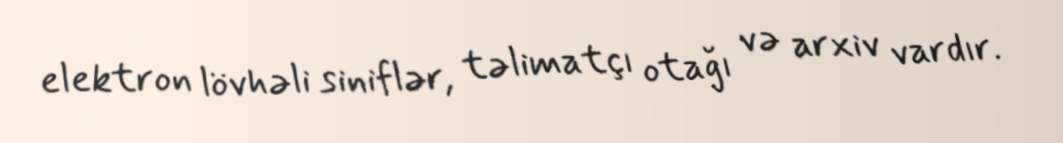
elektron lövhəli siniflər, təlimatçı otağı və arxiv vardır.